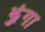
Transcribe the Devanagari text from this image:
झुंगा